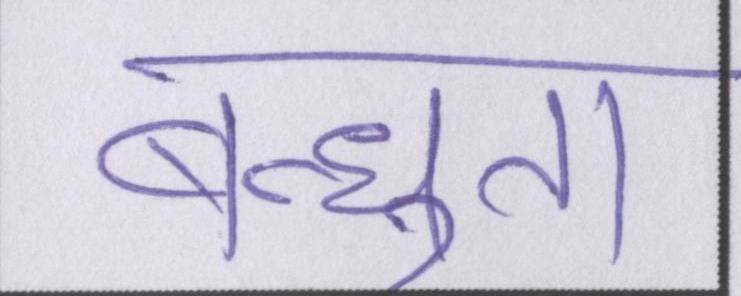
बन्धुता